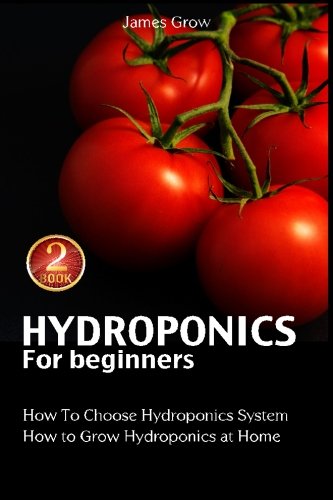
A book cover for Hydroponics for Beginners. How to Grow Hydroponics at Home: How to Choose a Hydroponic System. Methods and Systems of Hydroponics (Volume 2); James Grow; Crafts, Hobbies & Home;